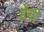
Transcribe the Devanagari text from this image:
हेंची